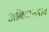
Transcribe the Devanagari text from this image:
अनिवारणीय